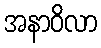
အနာဝိလာ